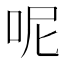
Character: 呢